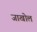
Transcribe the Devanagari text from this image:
जाखोल